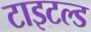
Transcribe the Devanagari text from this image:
टाइटल्ड